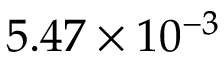
5 . 4 7 \times 1 0 ^ { - 3 }